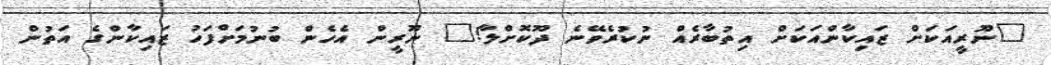
"ނޫރީއަކަށް ޒައިކާންއަކަށް އިތުބާރެއް ނުކުރެވޭނެ ދޫކޮށްލާ!" ނޫރީން އެހެން ބުނުމަށްފަހު ޒައިކާންގެ އަތުން